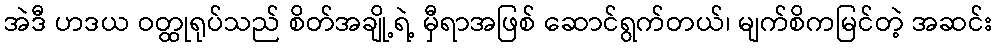
အဲဒီ ဟဒယ ဝတ္ထုရုပ်သည် စိတ်အချို့ရဲ့ မှီရာအဖြစ် ဆောင်ရွက်တယ်၊ မျက်စိကမြင်တဲ့ အဆင်း